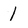
Character: I